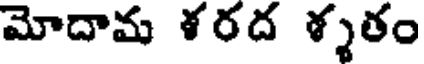
మోదామ ళరద ళ్ళతం